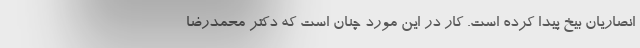
انصاریان بیخ پیدا کرده است. کار در این مورد چنان است که دکتر محمدرضا